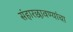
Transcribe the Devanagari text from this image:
संहारछावण्यांचा